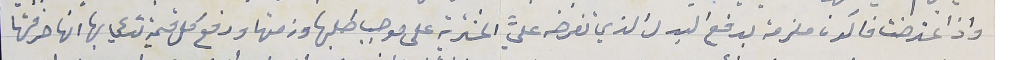
واذ اعترضت فاكون ملزمة بدفع البدل الذي تفرضه عليَّ المشترية على موجب طلبها وزمتها ودفع كل قيمة تدعي بها انها صرفتها